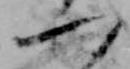
一